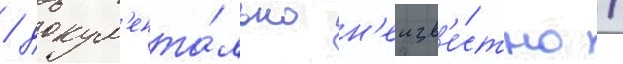
/ докум'ента́льно н'еизв'е́стно /